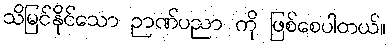
သိမြင်နိုင်သော ဉာဏ်ပညာ ကို ဖြစ်စေပါတယ်။